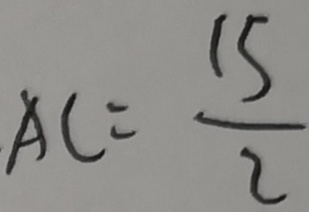
A C = \frac { 1 5 } { 2 }